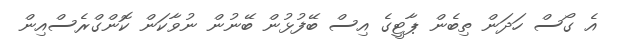
އެ ގޯސް ހަދަން ތިބެން ޕާޓީގެ އިސް ބޭފުޅުން ބޭނުން ނުވާކަން ކޮންގްރެސްއިން